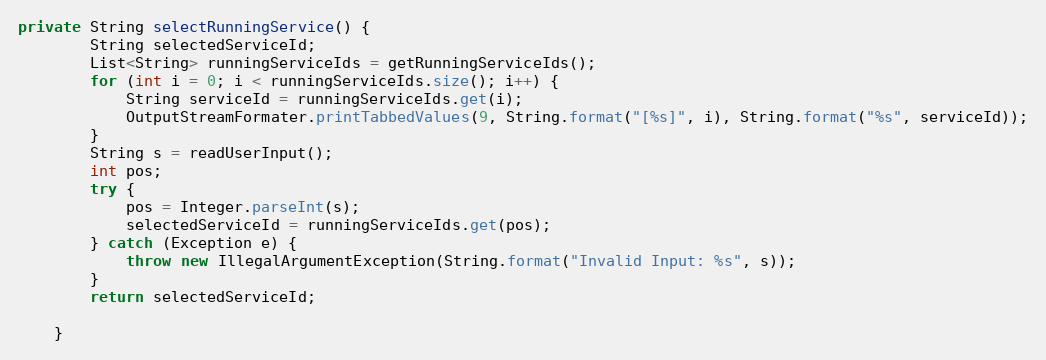
Language: Java
private String selectRunningService() {
        String selectedServiceId;
        List<String> runningServiceIds = getRunningServiceIds();
        for (int i = 0; i < runningServiceIds.size(); i++) {
            String serviceId = runningServiceIds.get(i);
            OutputStreamFormater.printTabbedValues(9, String.format("[%s]", i), String.format("%s", serviceId));
        }
        String s = readUserInput();
        int pos;
        try {
            pos = Integer.parseInt(s);
            selectedServiceId = runningServiceIds.get(pos);
        } catch (Exception e) {
            throw new IllegalArgumentException(String.format("Invalid Input: %s", s));
        }
        return selectedServiceId;

    }